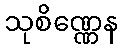
သုစိဏ္ဏေန